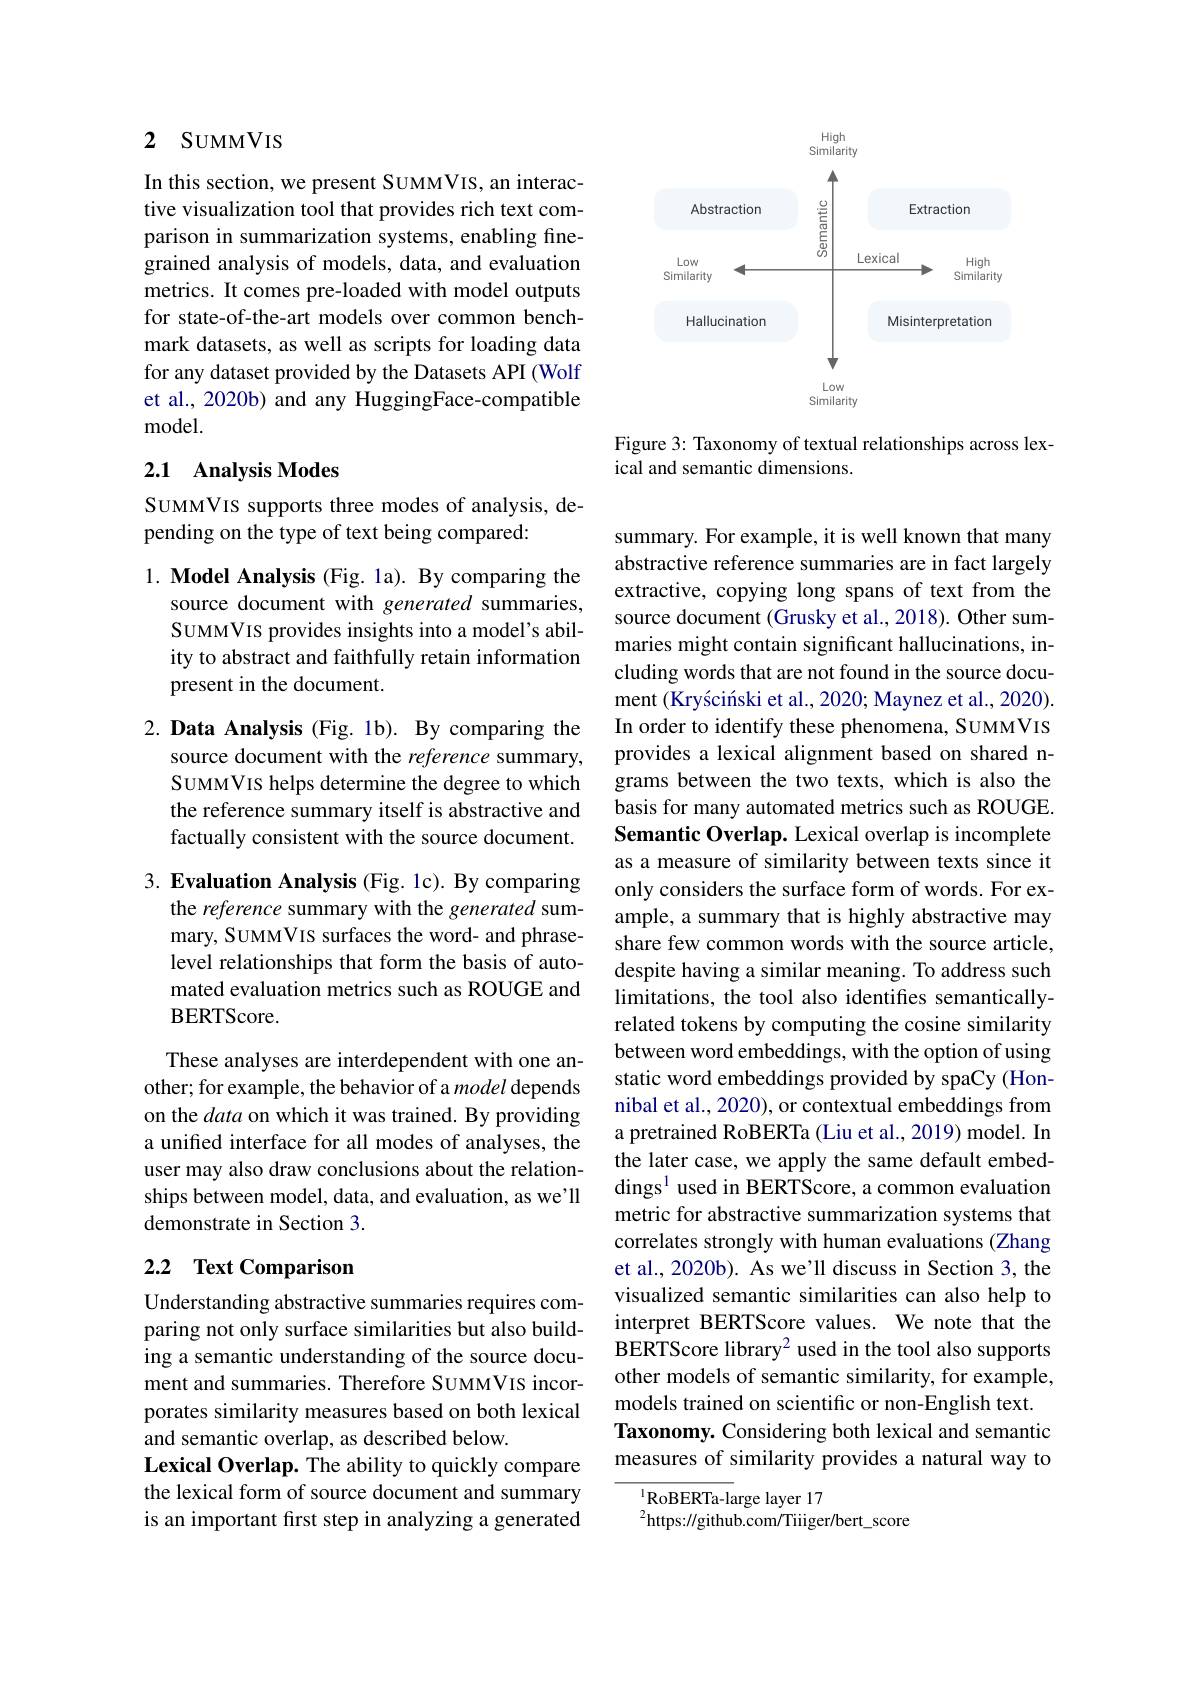
## 2 SUMMVIS

In this section, we present SUMMVIS, an interactive visualization tool that provides rich text comparison in summarization systems, enabling finegrained analysis of models, data, and evaluation metrics. It comes pre-loaded with model outputs for state-of-the-art models over common benchmark datasets, as well as scripts for loading data for any dataset provided by the Datasets API (Wolf et al., 2020b) and any HuggingFace-compatible model.

## 2.1 Analysis Modes

# SUMMVIS supports three modes of analysis, depending on the type of text being compared:

1. Model Analysis (Fig. la). By comparing the
source document with generated summaries, SUMMVIS provides insights into a model's ability to abstract and faithfully retain information present in the document.

2. Data Analysis (Fig. 1b). By comparing the
source document with the reference summary, SUMMVIS helps determine the degree to which the reference summary itself is abstractive and factually consistent with the source document.

3. Evaluation Analysis (Fig. 1c). By comparing
the reference summary with the generated summary, SUMMVIS surfaces the word- and phraselevel relationships that form the basis of automated evaluation metrics such as ROUGE and BERTScore.

These analyses are interdependent with one another; for example, the behavior of a model depends on the data on which it was trained. By providing a unified interface for all modes of analyses, the user may also draw conclusions about the relationships between model, data, and evaluation, as we'll demonstrate in Section 3.

## 2.2 Text Comparison

Understanding abstractive summaries requires comparing not only surface similarities but also building a semantic understanding of the source document and summaries. Therefore SUMMVIs incorporates similarity measures based on both lexical and semantic overlap, as described below.
Lexical Overlap. The ability to quickly compare the lexical form of source document and summary is an important first step in analyzing a generated

<FigureHere>

Figure 3: Taxonomy of textual relationships across lex-
ical and semantic dimensions.

summary. For example, it is well known that many abstractive reference summaries are in fact largely extractive, copying long spans of text from the source document (Grusky et al., 2018). Other summaries might contain significant hallucinations, including words that are not found in the source document (Kryściński et al., 2020; Maynez et al., 2020). In order to identify these phenomena, SUMMVIS provides a lexical alignment based on shared ngrams between the two texts, which is also the basis for many automated metrics such as ROUGE Semantic Overlap. Lexical overlap is incomplete as a measure of similarity between texts since it only considers the surface form of words. For example, a summary that is highly abstractive may share few common words with the source article, despite having a similar meaning. To address such limitations, the tool also identifies semanticallyrelated tokens by computing the cosine similarity between word embeddings, with the option of using static word embeddings provided by spaCy (Honnibal et al., 2020), or contextual embeddings from a pretrained RoBERTa (Liu et al., 2019) model. In the later case, we apply the same default embeddings$^{1}$ used in BERTScore, a common evaluation metric for abstractive summarization systems that correlates strongly with human evaluations (Zhang et al., 2020b). As we'll discuss in Section 3, the visualized semantic similarities can also help to interpret BERTScore values. We note that the BERTScore library$^{2}$ used in the tool also supports other models of semantic similarity, for example, models trained on scientific or non-English text. Taxonomy. Considering both lexical and semantic measures of similarity provides a natural way to
$^{1}$RoBERTa-large layer 17

$^{2}$https://github.com/Tiiiger/bert\_score